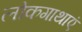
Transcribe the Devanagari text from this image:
लोकगाथाएं